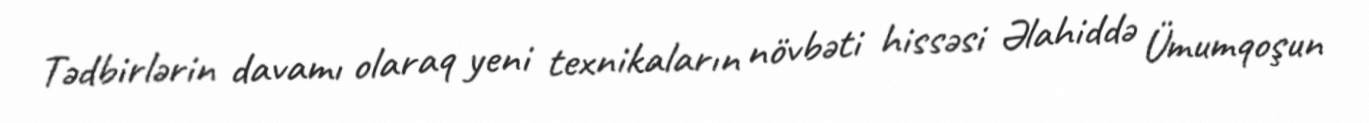
Tədbirlərin davamı olaraq yeni texnikaların növbəti hissəsi Əlahiddə Ümumqoşun